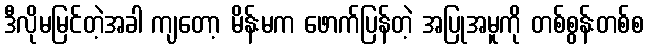
ဒီလိုမမြင်တဲ့အခါ ကျတော့ မိန်းမက ဖောက်ပြန်တဲ့ အပြုအမူကို တစ်စွန်းတစ်စ